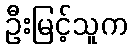
ဦးမြင့်သူက